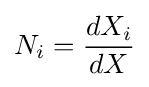
N_{i}={\frac {dX_{i}}{dX}}